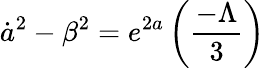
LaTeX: {\dot{a}}^{2}-{\beta}^{2}=e^{2a}\left(\frac{-\Lambda}{3}\right)